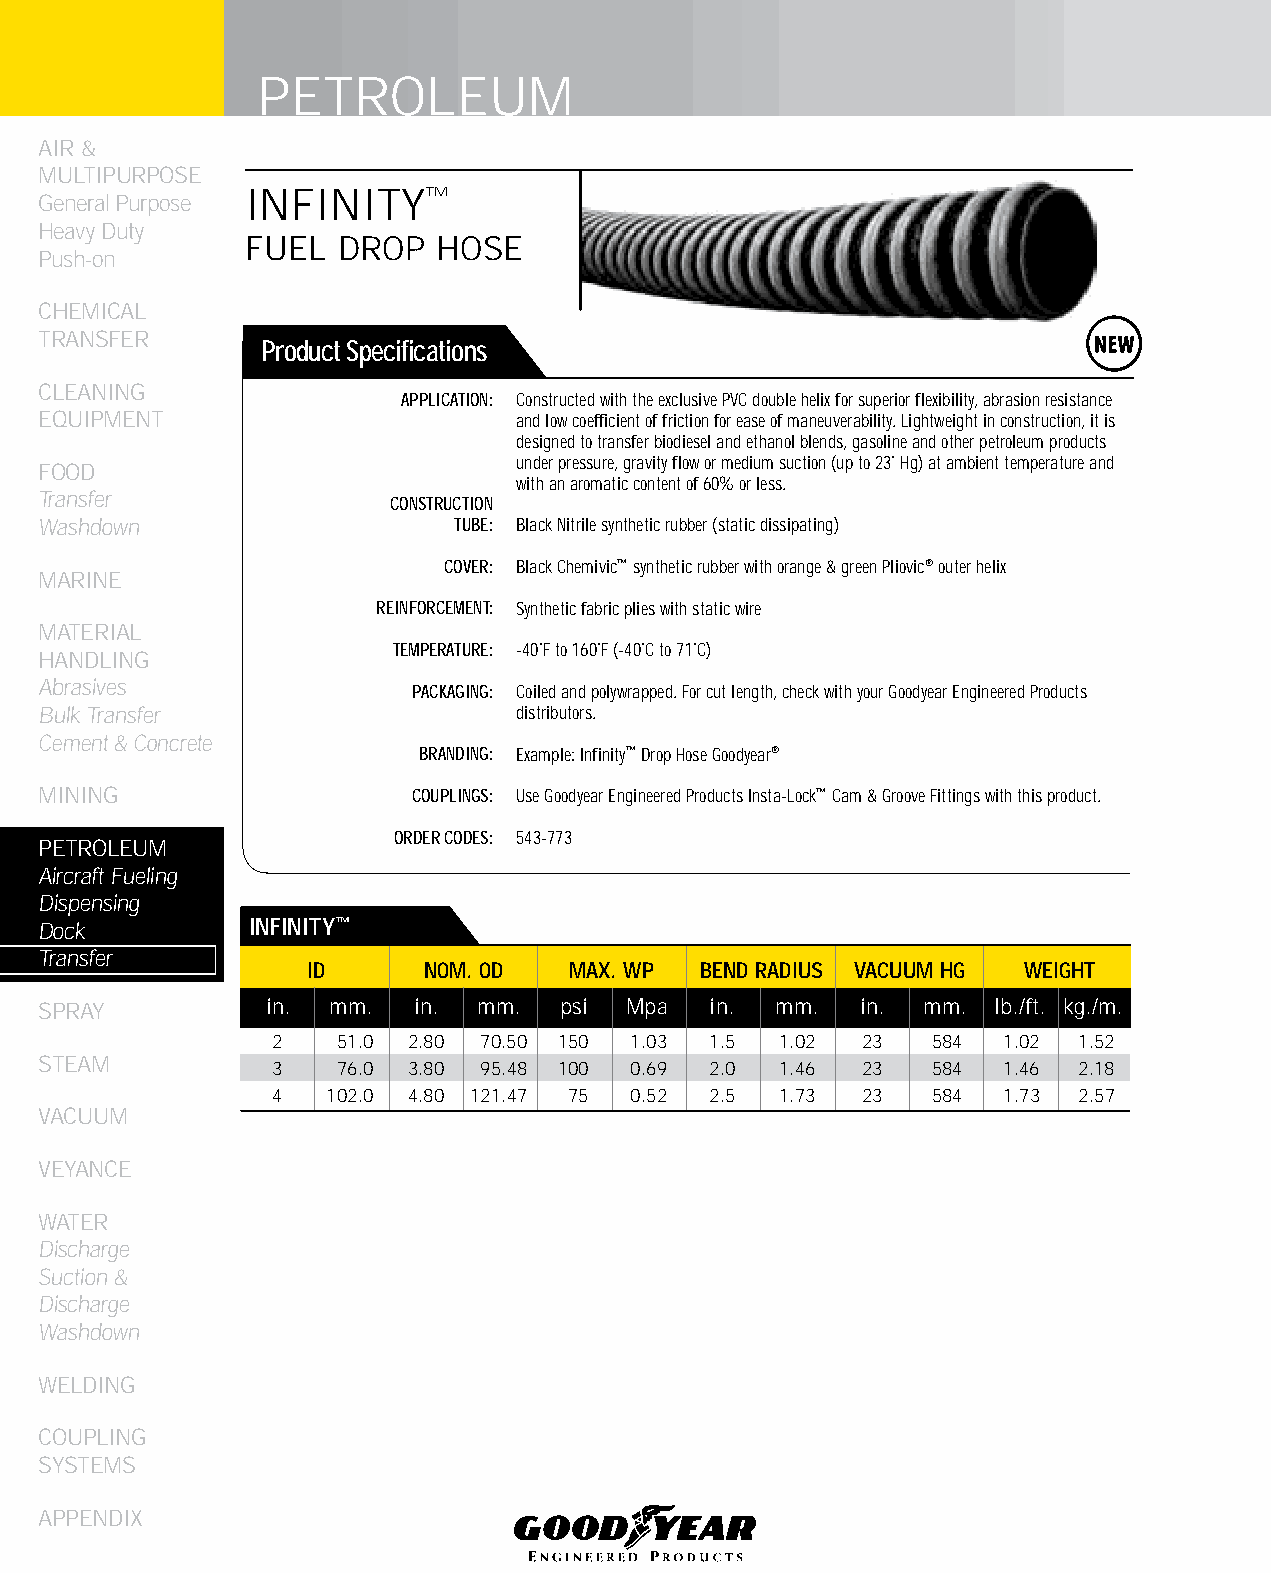
PETROLEUM
 AIR &
 MULTIPURPOSE
 INFINITY™
 General Purpose
 Heavy Duty
 FUEL  DROP   HOSE
 Push-on
 CHEMICAL
 TRANSFER
 Product Specifications
 CLEANING
 APPLICATION: Constructed with the exclusive PVC double helix for superior flexibility, abrasion resistance
 EqUIPMENT                      and low coefficient of friction for ease of maneuverability. Lightweight in construction, it is
 designed to transfer biodiesel and ethanol blends, gasoline and other petroleum products
 under pressure, gravity flow or medium suction (up to 23˚ Hg) at ambient temperature and
 FOOD
 with an aromatic content of 60% or less.
 Transfer
 CONSTRUCTION
 Washdown                   TUBE: Black Nitrile synthetic rubber (static dissipating)
 COVER: Black Chemivic™ synthetic rubber with orange & green Pliovic® outer helix
 MARINE
 REINFORCEMENT: Synthetic fabric plies with static wire
 MATERIAL
 TEMPERATURE: -40˚F to 160˚F (-40˚C to 71˚C)
 HANDLING
 Abrasives               PACKAGING: Coiled and polywrapped. For cut length, check with your Goodyear Engineered Products
 Bulk Transfer                  distributors.
 Cement & Concrete
 BRANDING: Example: Infinity™ Drop Hose Goodyear®
 MINING                  COUPLINGS: Use Goodyear Engineered Products Insta-Lock™ Cam & Groove Fittings with this product.
 ORDER CODES: 543-773
 PETROLEUM
 Aircraft Fueling
 Dispensing
 Dock          INfINITy™
 Transfer
 ID      NOM. OD   MAX. WP bEND RADIUS VACUUM HG WEIGHT
 SPRAY          in. mm.  in.  mm.  psi  Mpa  in. mm.   in. mm.  lb./ft. kg./m.
 2   51.0 2.80 70.50 150 1.03 1.5  1.02 23   584  1.02 1.52
 STEAM
 3   76.0 3.80 95.48 100 0.69 2.0  1.46 23   584  1.46 2.18
 4   102.0 4.80 121.47 75 0.52 2.5 1.73 23   584  1.73 2.57
 VACUUM
 VEYANCE
 WATER
 Discharge
 Suction &
 Discharge
 Washdown
 WELDING
 COUPLING
 SYSTEMS
 APPENDIX
 178